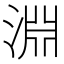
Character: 淵